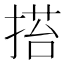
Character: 𢰥